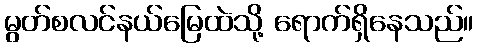
မွတ်စလင်နယ်မြေထဲသို့ ရောက်ရှိနေသည်။